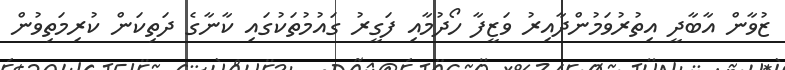
ޒުވާން އާބާދީ އިތުރުވަމުންދާއިރު ވަޒީފާ ހޯދުމާއި ފަގީރު ގައުމުތަކުގައި ކާނާގެ ދަތިކަން ކުރިމަތިވުން